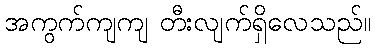
အကွက်ကျကျ တီးလျက်ရှိလေသည်။